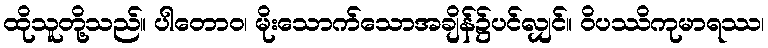
ထိုသူတို့သည်။ ပါတောဝ၊ မိုးသောက်သောအချိန်၌ပင်လျှင်။ ဝိပဿိကုမာရဿ၊